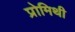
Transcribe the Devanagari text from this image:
प्रोमिथी